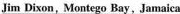
Jim Dixon, Montego Bay, Jamaica